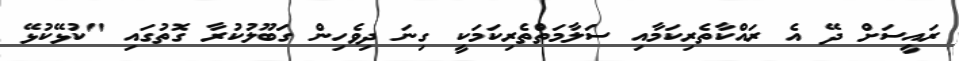
ރައީސަަށް ދޭ އެ ރައްކާތެރިކަމާއި ސަލާމަތްތެރިކަމަކީ ގިނަ ދިވެހިން ގަބޫލުކުރާ ގޮތުގައި "ކުޅޭކުޅޭ